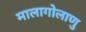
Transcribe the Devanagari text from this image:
मालागोलाणु